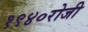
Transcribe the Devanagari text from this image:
१९४०रोजी